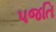
પજતિ